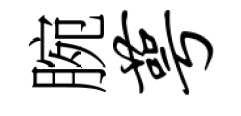
腕萼